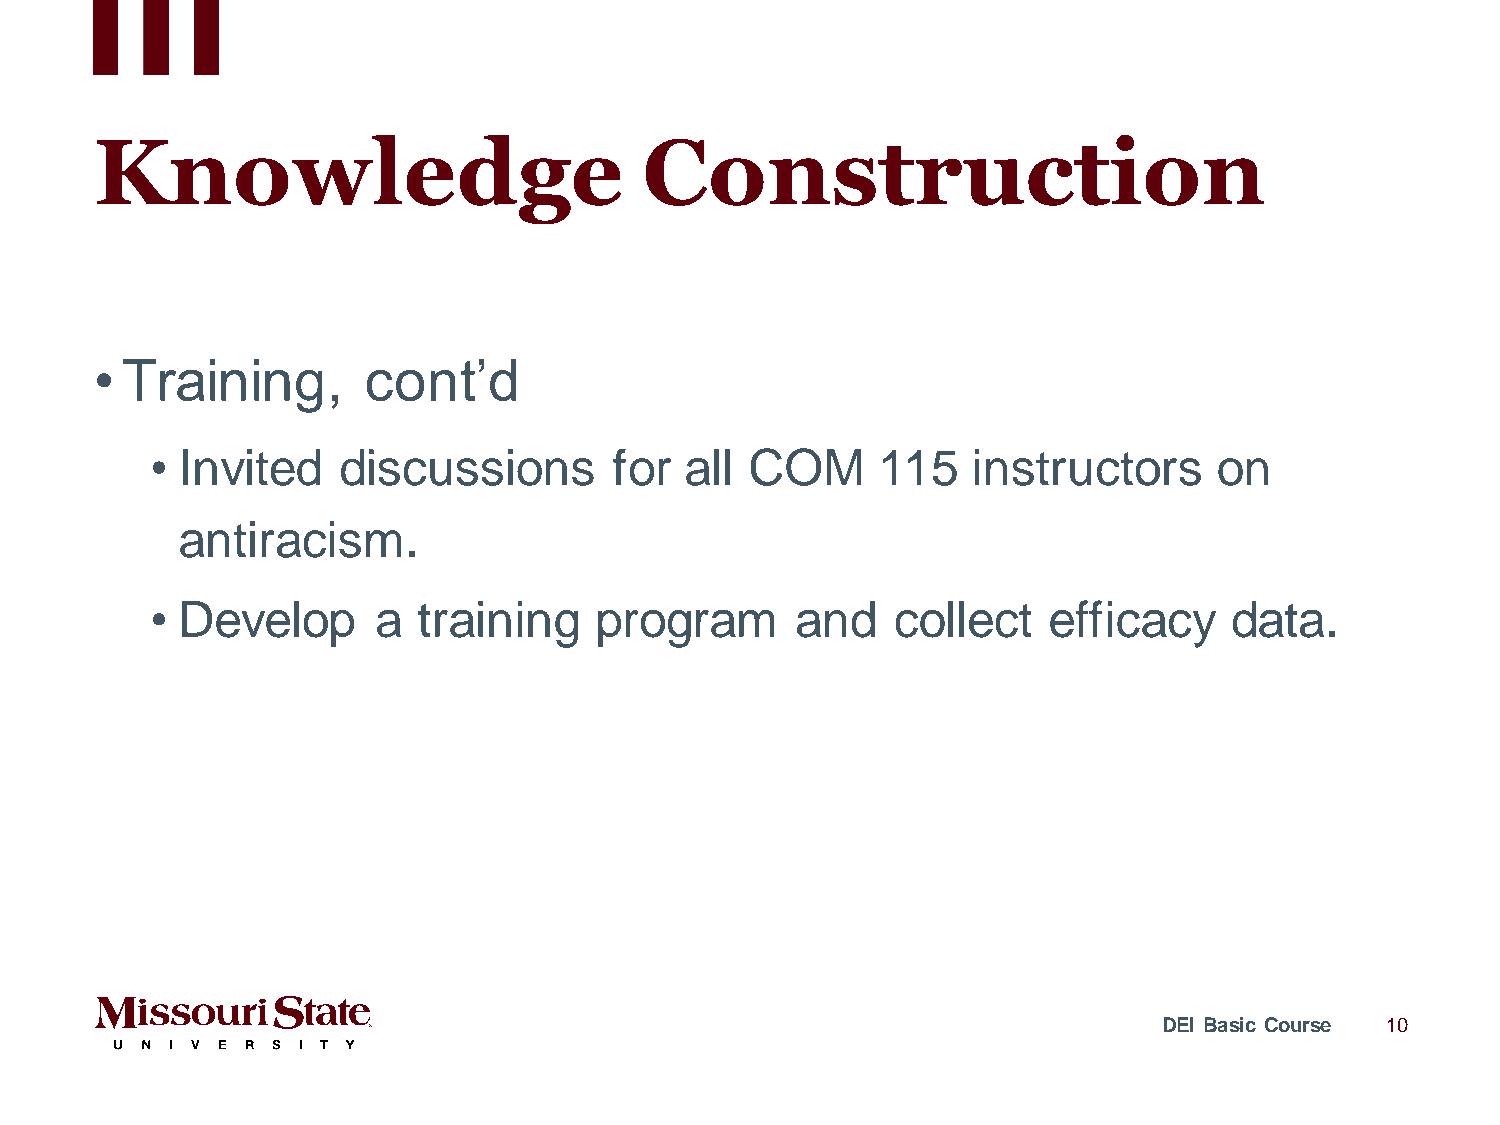
Knowledge                            Construction
 • Training,       cont’d
 • Invited   discussions        for all  COM     115   instructors      on
 antiracism.
 • Develop      a  training   program       and   collect   efficacy    data.
 DEI Basic Course 10